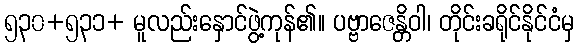
၅၃၀+၅၃၁+ မူလည်းနှောင်ဖွဲ့ကုန်၏။ ပဗ္ဗာဇေန္တိဝါ၊ တိုင်းခရိုင်နိုင်ငံမှ